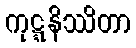
ကုဋ္ဋနိဿိတာ